Papers set at the Examination for Leaving Certificates, 1895
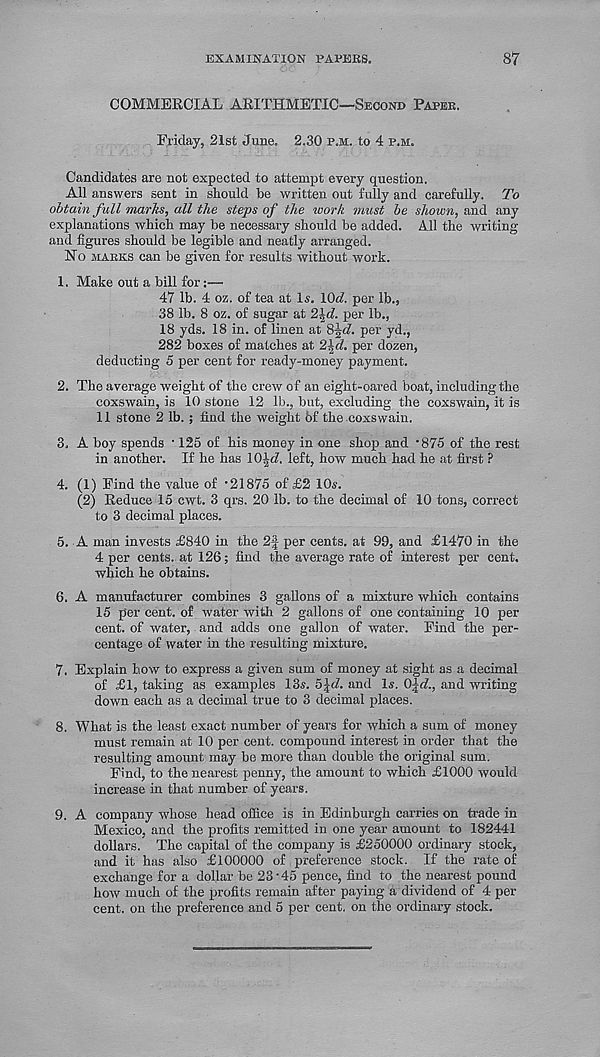
EXAMINATION PAEEKS.
87
COMMERCIAL ARITHMETIC—Second Papee.
Friday, 21st June. 2.30 p.m. to 4 p.m.
Candidates are not expected to attempt every question.
All answers sent in should be written out fully and carefully. To
obtain full marks, all the steps of the work must be shown, and any
explanations which may be necessary should be added. All the writing
and figures should be legible and neatly arranged.
No marks can be given for results without work.
1. Make out a bill for:—
47 lb. 4 oz. of tea at Is. 10<7. per lb.,
38 lb. 8 oz. of sugar at 2\d. per lb.,
18 yds. 18 in. of linen at
per yd.,
282 boxes of matches at 2\d. per dozen,
deducting 5 per cent for ready-money payment.
2. The average weight of the crew of an eight-oared boat, including the
coxswain, is 10 stone 12 lb., but, excluding the coxswain, it is
11 stone 2 lb. ; find the weight 6f the coxswain.
3. A boy spends • 125 of his money in one shop and *875 of the rest
in another. If he has lO^rZ. left, how much had he at first ?
4. (1) Find the value of • 21875 of £2 10*.
(2) Reduce 15 cwt. 3 qrs. 20 lb. to the decimal of 10 tons, correct
to 3 decimal places.
5. A man invests £840 in the 2f per cents, at 99, and £1470 in the
4 per cents, at 126; find the average rate of interest per cent,
which he obtains.
6. A manufacturer combines 3 gallons of a mixture which contains
15 per cent, of water with 2 gallons of one containing 10 per
cent, of water, and adds one gallon of water. Find the per-
centage of water in the resulting mixture.
7. Explain how to express a given sum of money at sight as a decimal
of £1, taking as examples 13s. 5£<7. and Is. Q\d., and writing
down each as a decimal true to 3 decimal places.
8. What is the least exact number of years for which a sum of money
must remain at 10 per cent, compound interest in order that the
resulting amount may be more than double the original sum.
Find, to the nearest penny, the amount to which £1000 would
increase in that number of years.
9. A company whose head office is in Edinburgh carries on trade in
Mexico, and the profits remitted in one year amount to 182441
dollars. The capital of the company is £250000 ordinary stock,
and it has also £100000 of preference stock. If the rate of
exchange for a dollar be 23‘45 pence, find to the nearest pound
how much of the profits remain after paying a dividend of 4 per
cent, on the preference and 5 per cent, on the ordinary stock.